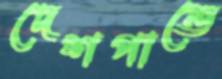
দেশপান্ডে